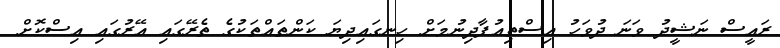
ރައީސް ނަޝީދު ވަނަ ދުވަހު އިސްތިއުފާދިނުމަށް ހިނގައިދިޔަ ކަންތައްތަކުގެ ތެރޭގައި އޭރުގައި އިސްކޮށް